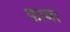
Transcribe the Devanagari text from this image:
फाबा